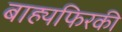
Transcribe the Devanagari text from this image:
बाह्यफिरकी